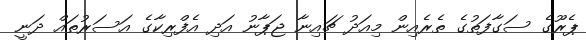
ޕެރޫގެ ސަގާފަތުގެ ތެރެއިން މިއަދު ޗައިނާ ޖަޕާނު އަދި އެފްރިކާގެ އަސަރުތައް ދަނީ